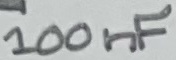
Text: 100nF